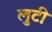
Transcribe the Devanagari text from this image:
लुटी